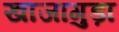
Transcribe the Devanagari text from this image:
खाजागुड़ा